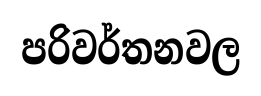
පරිවර්තනවල